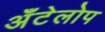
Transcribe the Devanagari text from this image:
अँटेलोप